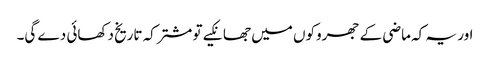
اور یہ کہ ماضی کے جھروکوں میں جھانکیے تو مشترکہ تاریخ دکھائی دے گی۔